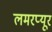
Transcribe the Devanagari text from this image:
लमरप्यूर